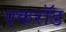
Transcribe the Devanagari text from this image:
एकरॉड